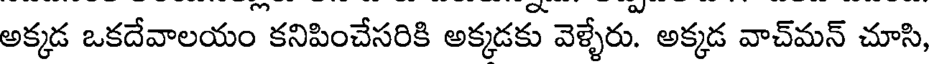
అక్కడ ఒకదేవాలయం కనిపించేసరికి అక్కడకు వెళ్ళేరు. అక్కడ వాచ్మన్ చూసి,